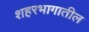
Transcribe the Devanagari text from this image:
शहरभागातील